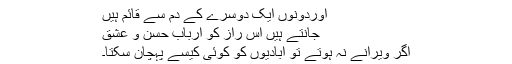
اوردونوں ایک دوسرے کے دم سے قائم ہیں
جانتے ہیں اس راز کو ارباب حسن و عشق
اگر ویرانے نہ ہوتے تو آبادیوں کو کوئی کیسے پہچان سکتا۔